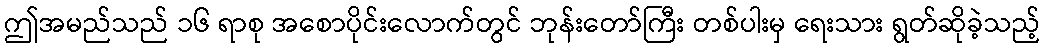
ဤအမည်သည် ၁၆ ရာစု အစောပိုင်းလောက်တွင် ဘုန်းတော်ကြီး တစ်ပါးမှ ရေးသား ရွတ်ဆိုခဲ့သည့်